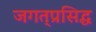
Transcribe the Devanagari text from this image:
जगत्‌प्रसिद्ध